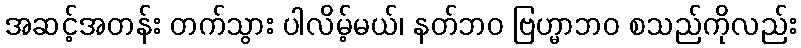
အဆင့်အတန်း တက်သွား ပါလိမ့်မယ်၊ နတ်ဘဝ ဗြဟ္မာဘဝ စသည်ကိုလည်း